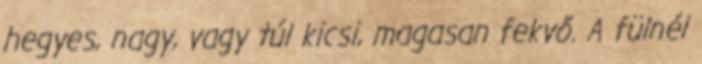
hegyes, nagy, vagy túl kicsi, magasan fekvő. A fülnél